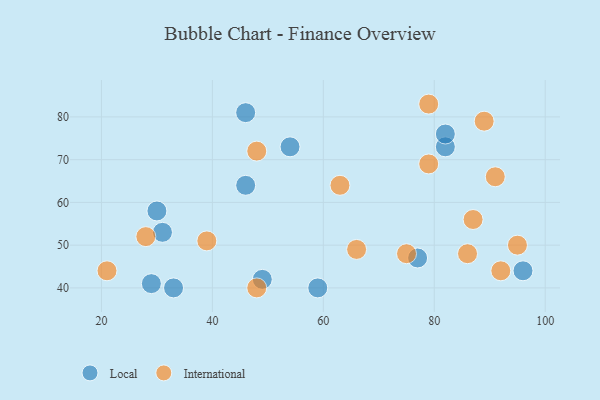
{"axis": {"x": "GDP", "y": "Life Expectancy"}, "legend": ["International", "Local"], "data": [{"x": "33", "y": 40, "type": "Local"}, {"x": "54", "y": 73, "type": "Local"}, {"x": "59", "y": 40, "type": "Local"}, {"x": "77", "y": 47, "type": "Local"}, {"x": "96", "y": 44, "type": "Local"}, {"x": "46", "y": 81, "type": "Local"}, {"x": "82", "y": 73, "type": "Local"}, {"x": "49", "y": 42, "type": "Local"}, {"x": "31", "y": 53, "type": "Local"}, {"x": "82", "y": 76, "type": "Local"}, {"x": "29", "y": 41, "type": "Local"}, {"x": "46", "y": 64, "type": "Local"}, {"x": "30", "y": 58, "type": "Local"}, {"x": "63", "y": 64, "type": "International"}, {"x": "66", "y": 49, "type": "International"}, {"x": "48", "y": 72, "type": "International"}, {"x": "91", "y": 66, "type": "International"}, {"x": "86", "y": 48, "type": "International"}, {"x": "89", "y": 79, "type": "International"}, {"x": "95", "y": 50, "type": "International"}, {"x": "92", "y": 44, "type": "International"}, {"x": "75", "y": 48, "type": "International"}, {"x": "39", "y": 51, "type": "International"}, {"x": "79", "y": 83, "type": "International"}, {"x": "79", "y": 69, "type": "International"}, {"x": "21", "y": 44, "type": "International"}, {"x": "48", "y": 40, "type": "International"}, {"x": "28", "y": 52, "type": "International"}, {"x": "87", "y": 56, "type": "International"}]}